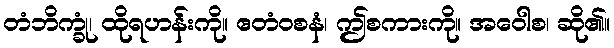
တံဘိက္ခုံ၊ ထိုရဟန်းကို။ ဧတံဝစနံ၊ ဤစကားကို။ အဝေါစ၊ ဆို၏။